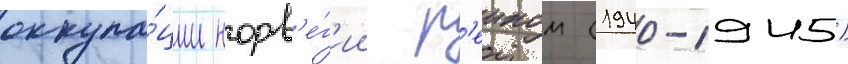
оккупа́ции норв'е́г'ии р'еихом (1940-1945)